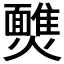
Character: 𩉈